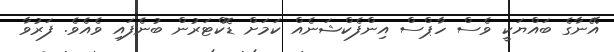
އޭނާގެ ބައްޔަކީ ވެސް ހާޕްސް އިންފެކްޝަނެއް ކަމަށް ޑޮކްޓަރުން ބުނެފައި ވެއެވެ. ފަރުވާ